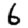
Digit: 6